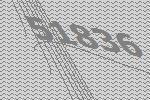
51836